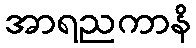
အာရညကာနိ